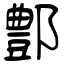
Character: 鄷